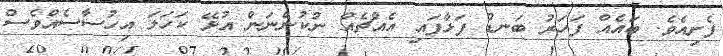
ފެށިއެވެ. ބައެއް ފަހަރު ބަނޑު ފަޅާފައި އެއްޗެއް ނުކުންނަން އުޅޭ ކަހަލަ އިހުސާސެއްވެސް